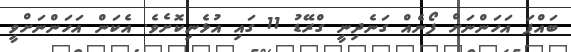
ބައްޕަ އަހަންނަށް ފޯނެއް ގަނެދިނީ ގްރޭޑު 11 ގައި އުޅެނިކޮށެވެ. އެކަން އަހަންނަށްވީ